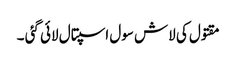
مقتول کی لاش سول اسپتال لائی گئی ۔